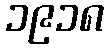
၁၉၁၈